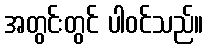
အတွင်းတွင် ပါဝင်သည်။